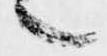
言